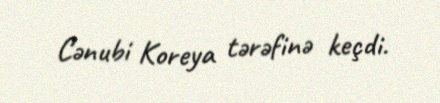
Cənubi Koreya tərəfinə keçdi.